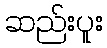
ဆည်းပူး